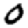
Digit: 0